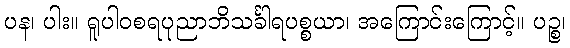
ပန၊ ပါး။ ရူပါဝစရပုညာဘိသင်္ခါရပစ္စယာ၊ အကြောင်းကြောင့်။ ပဉ္စ၊